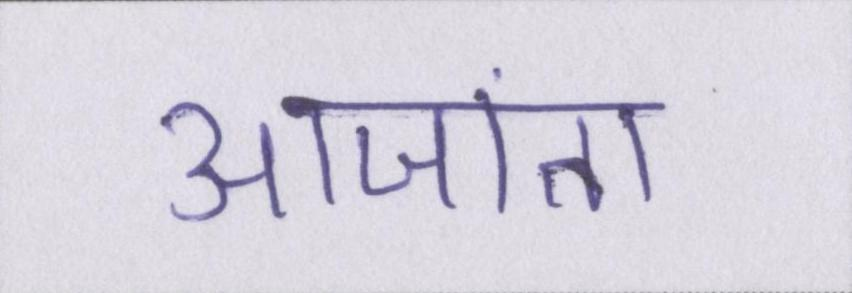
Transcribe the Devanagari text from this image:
आजा॑ता